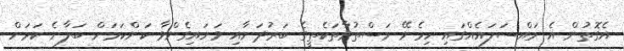
އެގޮތުން އެ މައްސަލައެއްގައި ހިމެނޭ މަސްތުވާތަކެތީގެ ބަރުދަނާއި ވަށައިގެންވާ ކަންކަމަށް ބަލާނެ ކަމަށް